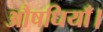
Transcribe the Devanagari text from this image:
औषधियाँ।